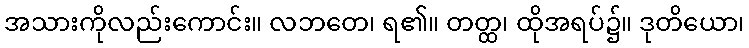
အသားကိုလည်းကောင်း။ လဘတေ၊ ရ၏။ တတ္ထ၊ ထိုအရပ်၌။ ဒုတိယော၊